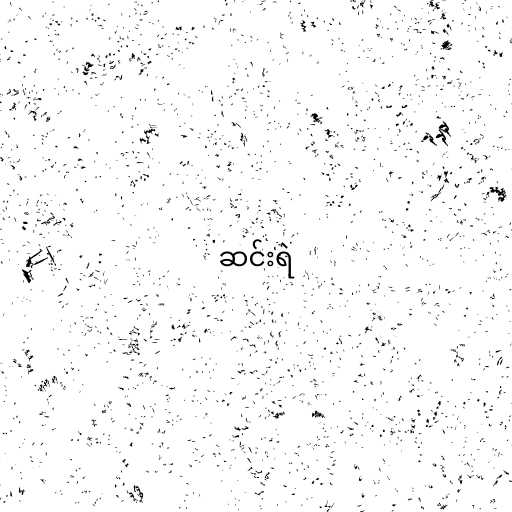
ဆင်းရဲ